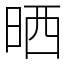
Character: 晒